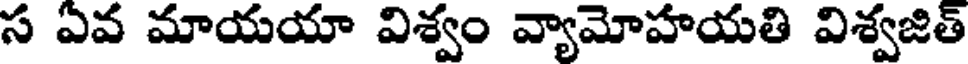
స ఏవ మాయయా విశ్వం వ్యామోహయతి విశ్వజిత్